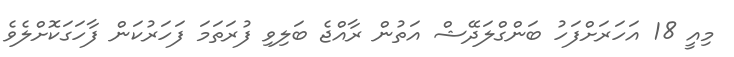
މިއީ 18 އަހަރަށްފަހު ބަންގްލަދޭޝް އަތުން ރާއްޖެ ބަލިވި ފުރަތަމަ ފަހަރުކަން ފާހަގަކޮށްލެވެ